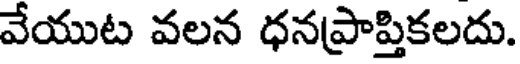
వేయుట వలన ధనప్రాప్తికలదు.